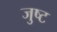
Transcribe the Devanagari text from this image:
जुष्ट